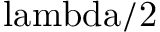
\mathrm { \ l a m b d a / 2 }